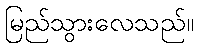
မြည်သွားလေသည်။